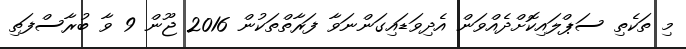
މި ތަކެތި ސަޕްލައިކޮށްދެއްވަން އެދިވަޑައިގަންނަވާ ފަރާތްތަކުން 2016 ޖޫން 9 ވާ ބުރާސްފަތި